Statistical return of the lunatic asylum in Assam - 1912-1932
Year: 1912
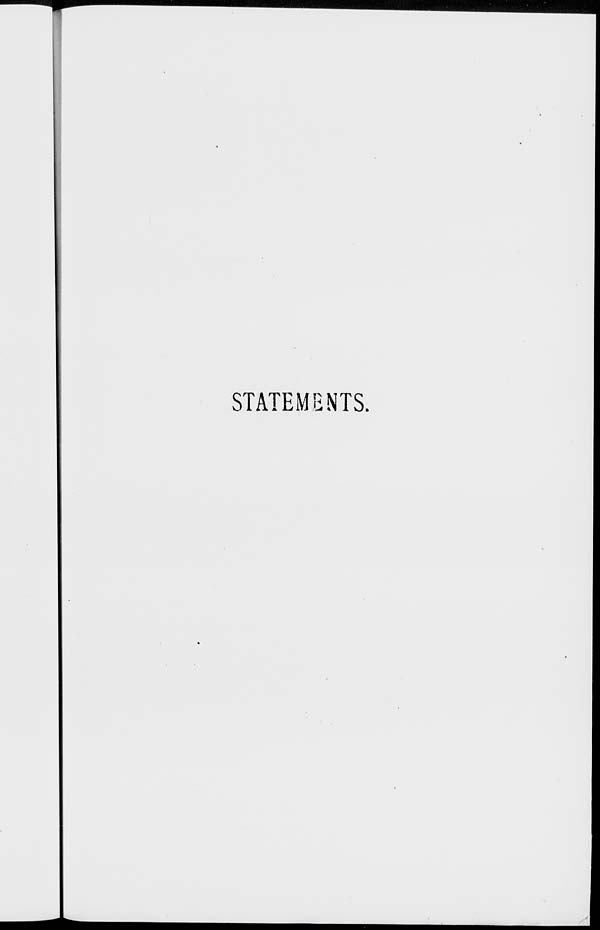
STATEMENTS.